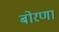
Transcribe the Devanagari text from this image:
बोरणा